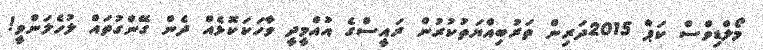
މޯލްޑިވްސް ކަޕް 2015ދަރިން ތަރުބިއްޔަތުކުރުން ރައީސްގެ އުއްމީދީ ވާހަކަކޮޅެއް ދެން ގޭންގުތައް ލުހެލަންވީ!